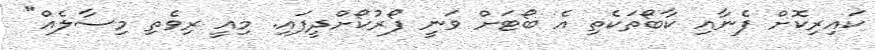
ކައިރިކޮށް ފެނާއި ކާބޯތަކެތި އެ ބޯޓަށް ވަނީ ފޯރުކޯށްދީފައި. މިއީ ރިވެތި މިސާލެއް"